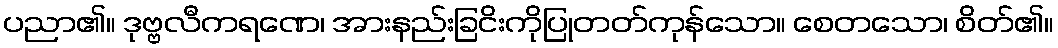
ပညာ၏။ ဒုဗ္ဗလီကရဏေ၊ အားနည်းခြငိးကိုပြုတတ်ကုန်သော။ စေတသော၊ စိတ်၏။